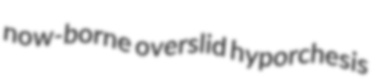
now-borne overslid hyporchesis